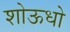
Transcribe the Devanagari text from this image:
शोऊधो